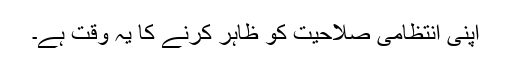
اپنی انتظامی صلاحیت کو ظاہر کرنے کا یہ وقت ہے۔